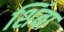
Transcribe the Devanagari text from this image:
शिंबा